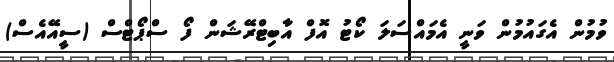
ވުމުން އެގައުމުން ވަނީ އެމައްސަލަ ކޯޓު އޮފް އާބިޓްރޭޝަން ފޯ ސްޕޯޓްސް (ސީއޭއެސް)